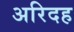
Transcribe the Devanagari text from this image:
अरिदह